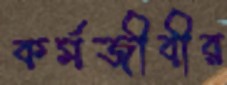
কর্মজীবীর